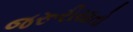
જરૂરીયાતો